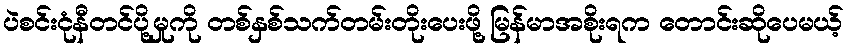
ပဲစင်းငုံနီတင်ပို့မှုကို တစ်နှစ်သက်တမ်းတိုးပေးဖို့ မြန်မာအစိုးရက တောင်းဆိုပေမယ့်